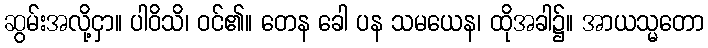
ဆွမ်းအလို့ငှာ။ ပါဝိသိ၊ ဝင်၏။ တေန ခေါ ပန သမယေန၊ ထိုအခါ၌။ အာယသ္မတော